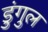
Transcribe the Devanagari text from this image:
डुंगुल